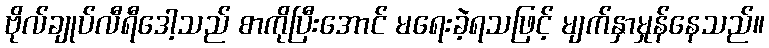
ဗိုလ်ချုပ်လီရီဒေါ့သည် စာကိုပြီးအောင် မရေးခဲ့ရသဖြင့် မျက်နှာမှုန်နေသည်။